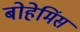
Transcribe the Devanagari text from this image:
बोहेमिंस